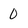
Character: 0